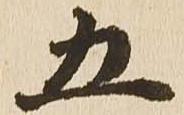
五